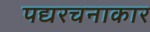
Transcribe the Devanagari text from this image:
पद्यरचनाकार